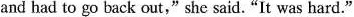
and had to go back out," she said."It was hard."